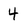
Character: 4